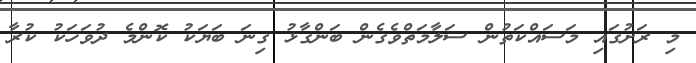
މި ރަށުގައި މަސައްކަތުން ސަލާމަތްވެގެން ބަންގާޅު ގިނަ ބަޔަކު ކޮންމެ ދުވަހަކު ކުރާ